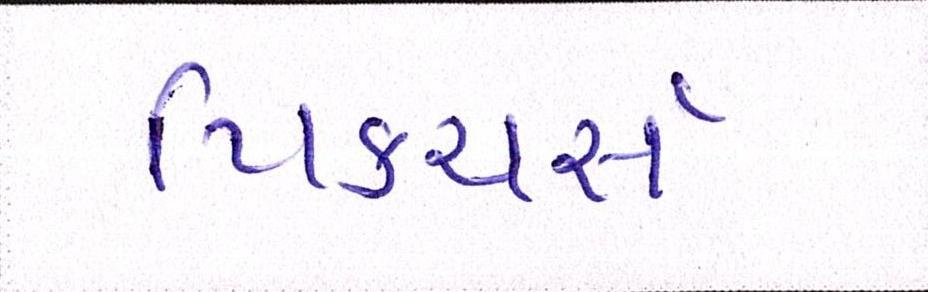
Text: પિક્ચર્સ